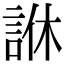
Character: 䛙